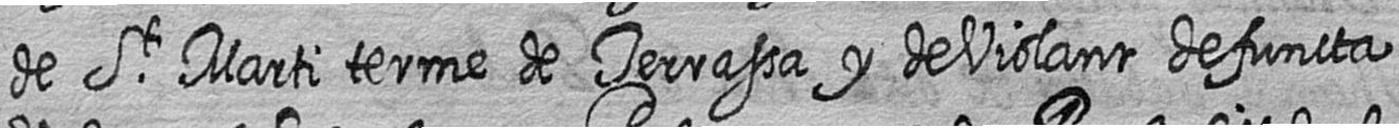
de St Marti terme de Terrassa y de Violant defuncta